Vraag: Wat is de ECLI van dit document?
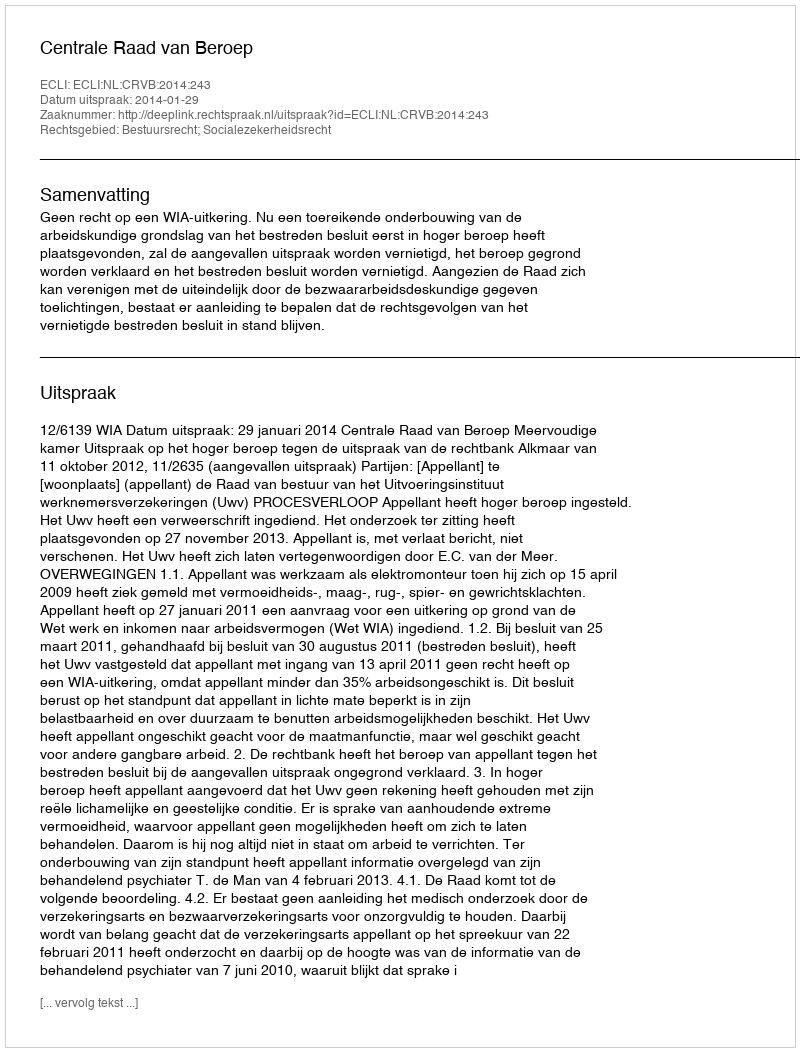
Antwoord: ECLI:NL:CRVB:2014:243